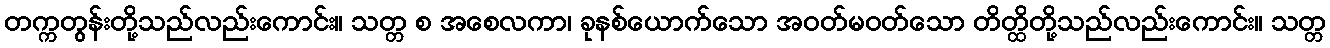
တက္ကတွန်းတို့သည်လည်းကောင်း။ သတ္တ စ အစေလကာ၊ ခုနစ်ယောက်သော အဝတ်မဝတ်သော တိတ္ထိတို့သည်လည်းကောင်း။ သတ္တ